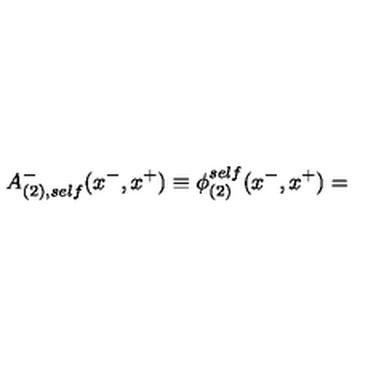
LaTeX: A _ { ( 2 ) , s e l f } ^ { - } ( x ^ { - } , x ^ { + } ) \equiv { \phi } _ { ( 2 ) } ^ { s e l f } ( x ^ { - } , x ^ { + } ) =